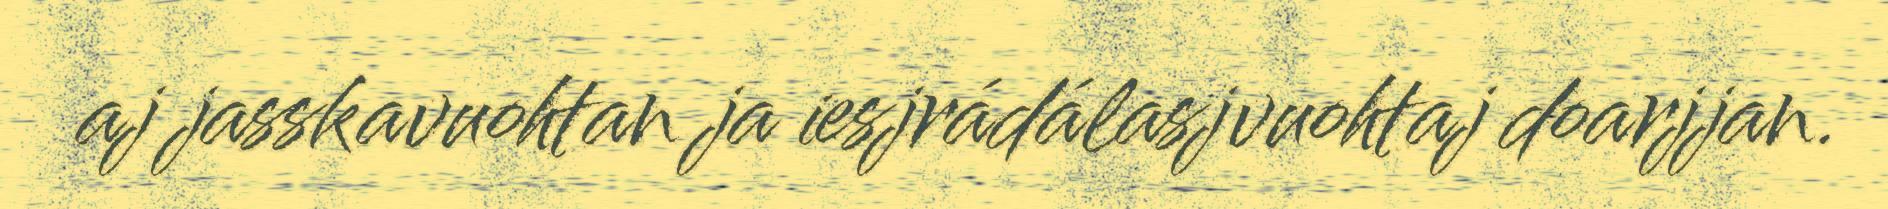
aj jasskavuohtan ja iesjrádálasjvuohtaj doarjjan.